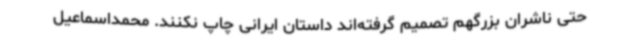
حتی ناشران بزرگهم تصمیم گرفته‌اند داستان ایرانی چاپ نکنند. محمداسماعیل